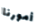
أمورنا